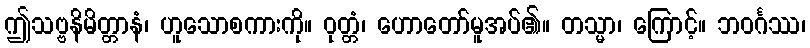
ဤသဗ္ဗနိမိတ္တာနံ၊ ဟူသောစကားကို။ ဝုတ္တံ၊ ဟောတော်မူအပ်၏။ တသ္မာ၊ ကြောင့်။ ဘဝင်္ဂဿ၊